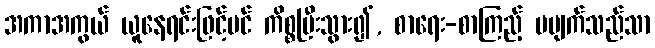
အကာအကွယ် ယူနေရင်းဖြင့်ပင် ကိစ္စပြီးသွား၍, စာရေး-စာကြည့် မပျက်သည်သာ